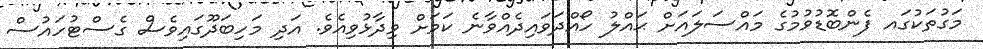
މަގުތަކުގައ ފެންބޮޑުވުމުގެ މައްސަލައަށް ޙައްލު ހޯއްދަވައިދެއްވާނެ ކަމަށް ވިދާޅުވިއެވެ. އަދި މަހިބަދޫގައިވެސް ގެސްޓުހައުސް